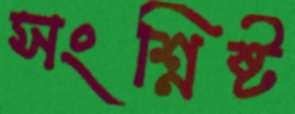
সংশ্নিষ্ট